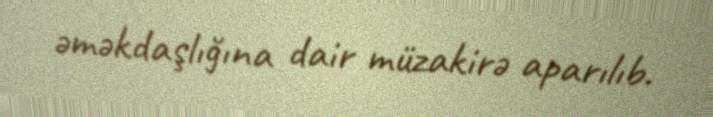
əməkdaşlığına dair müzakirə aparılıb.